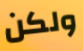
ولكن